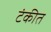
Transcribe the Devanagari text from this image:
टंकीत